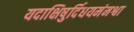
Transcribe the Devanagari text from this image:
यदाक्षिषुर्दिधयमंमश्वा